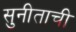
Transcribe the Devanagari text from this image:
सुनीताची